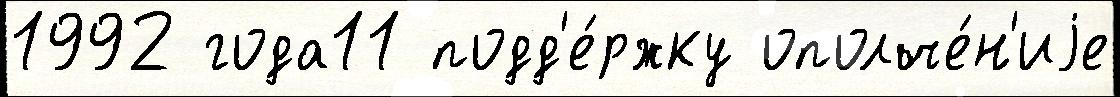
1992 года11 подд'е́ржку ополче́н'иjе